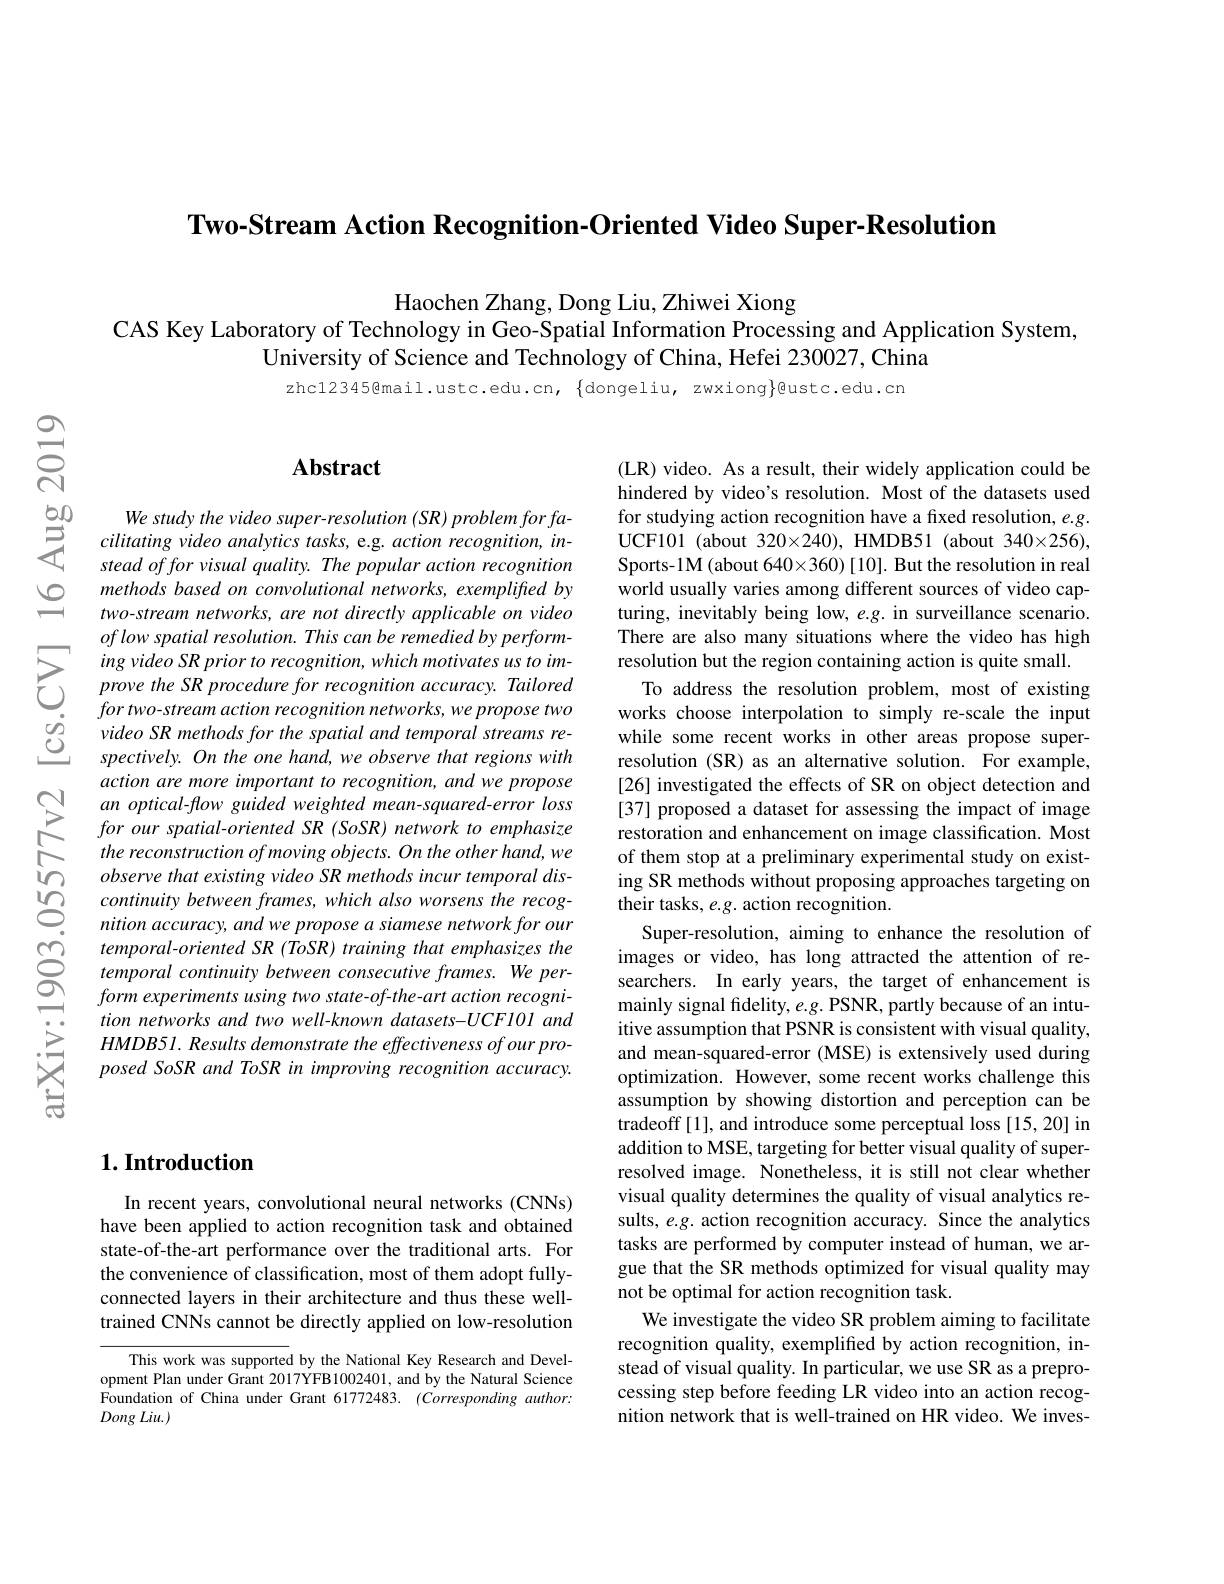
Two-Stream Action Recognition-Oriented Video Super-Resolution

Haochen Zhang, Dong Liu, Zhiwei Xiong
CAS Key Laboratory of Technology in Geo-Spatial Information Processing and Application System,
University of Science and Technology of China, Hefei 230027,China

zhc12345@mail.ustc.edu.cn, $\{$dongeliu, zwxiong$\}$@ustc.edu.cn

$స్సి$

### $\mathbf{Abstract}$

$\begin{array}{ccc}{50}&{We\:study\:the\:video\:super-resolution\:(SR)\:problem\:for\:fa-\\\text{之}}cilitating\:video\:analytics\:tasks,\:\mathrm{e.g.~action~recognition,~in-}\\&stead\:offor\:visual\:quality.\:The\:popular\:action\:recognition\end{array} $
methods based on convolutional networks, exemplifted by two-stream networks, are not directly applicable on video $oflowspatial\textit{resolution. This can be remedied by perform- }$ ing video SR prior to recognition, which motivates us to improve the SR procedure for recognition accuracy. Tailored for two-stream action recognition networks, we propose two video SR methods for the spatial and temporal streams respectively. On the one hand, we observe that regions with action are more important to recognition, and we propose an optical-flow guided weighted mean-squared-error loss for our spatial-oriented SR (SoSR) network to emphasize the reconstruction of moving objects. On the other hand, we observe that existing video SR methods incur temporal dis-
$\textcircled{1}\underline{continuity between\:frames,\:which\:also\:worsens\:the\:recog-\\0 nition\:accuracy,\:and\:we\:propose\:a\:siamese\:network\:for\:our}$
nition accuracy, and we propose a siamese network for our temporal-oriented SR (ToSR) training that emphasizes the temporal continuity between consecutive frames. We perform experiments using two state-of-the-art action recognition networks and two well-known datasets-UCF101 and $HMDB51.Results$ demonstrate the effectiveness of our proposed SoSR and ToSR in improving recognition accuracy.

(LR) video. As a result, their widely application could be hindered by video's resolution. Most of the datasets used for studying action recognition have a fixed resolution, $e.g.$ UCF101 (about 320×240), HMDB51 (about 340×256), Sports-1M (about 640×360) [10]. But the resolution in real world usually varies among different sources of video capturing, inevitably being low, e.g. in surveillance scenario. There are also many situations where the video has high resolution but the region containing action is quite small.
To address the resolution problem, most of existing works choose interpolation to simply re-scale the input while some recent works in other areas propose superresolution (SR) as an alternative solution. For example, [26] investigated the effects of SR on object detection and [37] proposed a dataset for assessing the impact of image restoration and enhancement on image classification. Most of them stop at a preliminary experimental study on existing SR methods without proposing approaches targeting on their tasks, e.g. action recognition.
Super-resolution, aiming to enhance the resolution of images or video, has long attracted the attention of researchers. In early years, the target of enhancement is mainly signal fidelity, $e.g.$ PSNR, partly because of an intuitive assumption that PSNR is consistent with visual quality, and mean-squared-error (MSE) is extensively used during optimization. However, some recent works challenge this assumption by showing distortion and perception can be tradeoff [1], and introduce some perceptual loss [15,20] in addition to MSE, targeting for better visual quality of superresolved image. Nonetheless, it is still not clear whether visual quality determines the quality of visual analytics results, e.g. action recognition accuracy. Since the analytics tasks are performed by computer instead of human, we argue that the SR methods optimized for visual quality may not be optimal for action recognition task.
We investigate the video SR problem aiming to facilitate recognition quality, exemplified by action recognition, instead of visual quality. In particular, we use SR as a preprocessing step before feeding LR video into an action recognition network that is well-trained on HR video. We inves-

## $1. \textbf{Introduction}$

In recent years, convolutional neural networks (CNNs) have been applied to action recognition task and obtained state-of-the-art performance over the traditional arts. For the convenience of classification, most of them adopt fullyconnected layers in their architecture and thus these welltrained CNNs cannot be directly applied on low-resolution

$\overline{\text{This work was supported}}$ by the National Key Research and Development Plan under Grant 2017YFB1002401, and by the Natural Science $\hat{\text{Foundation of China under Grant 61772483. }}$ $( \dot {Corresponding}$ $author:$ Dong $Liu. )$